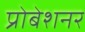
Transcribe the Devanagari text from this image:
प्रोबेशनर